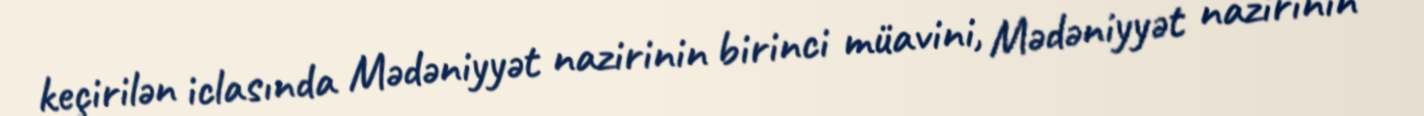
keçirilən iclasında Mədəniyyət nazirinin birinci müavini, Mədəniyyət nazirinin